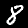
Digit: 8